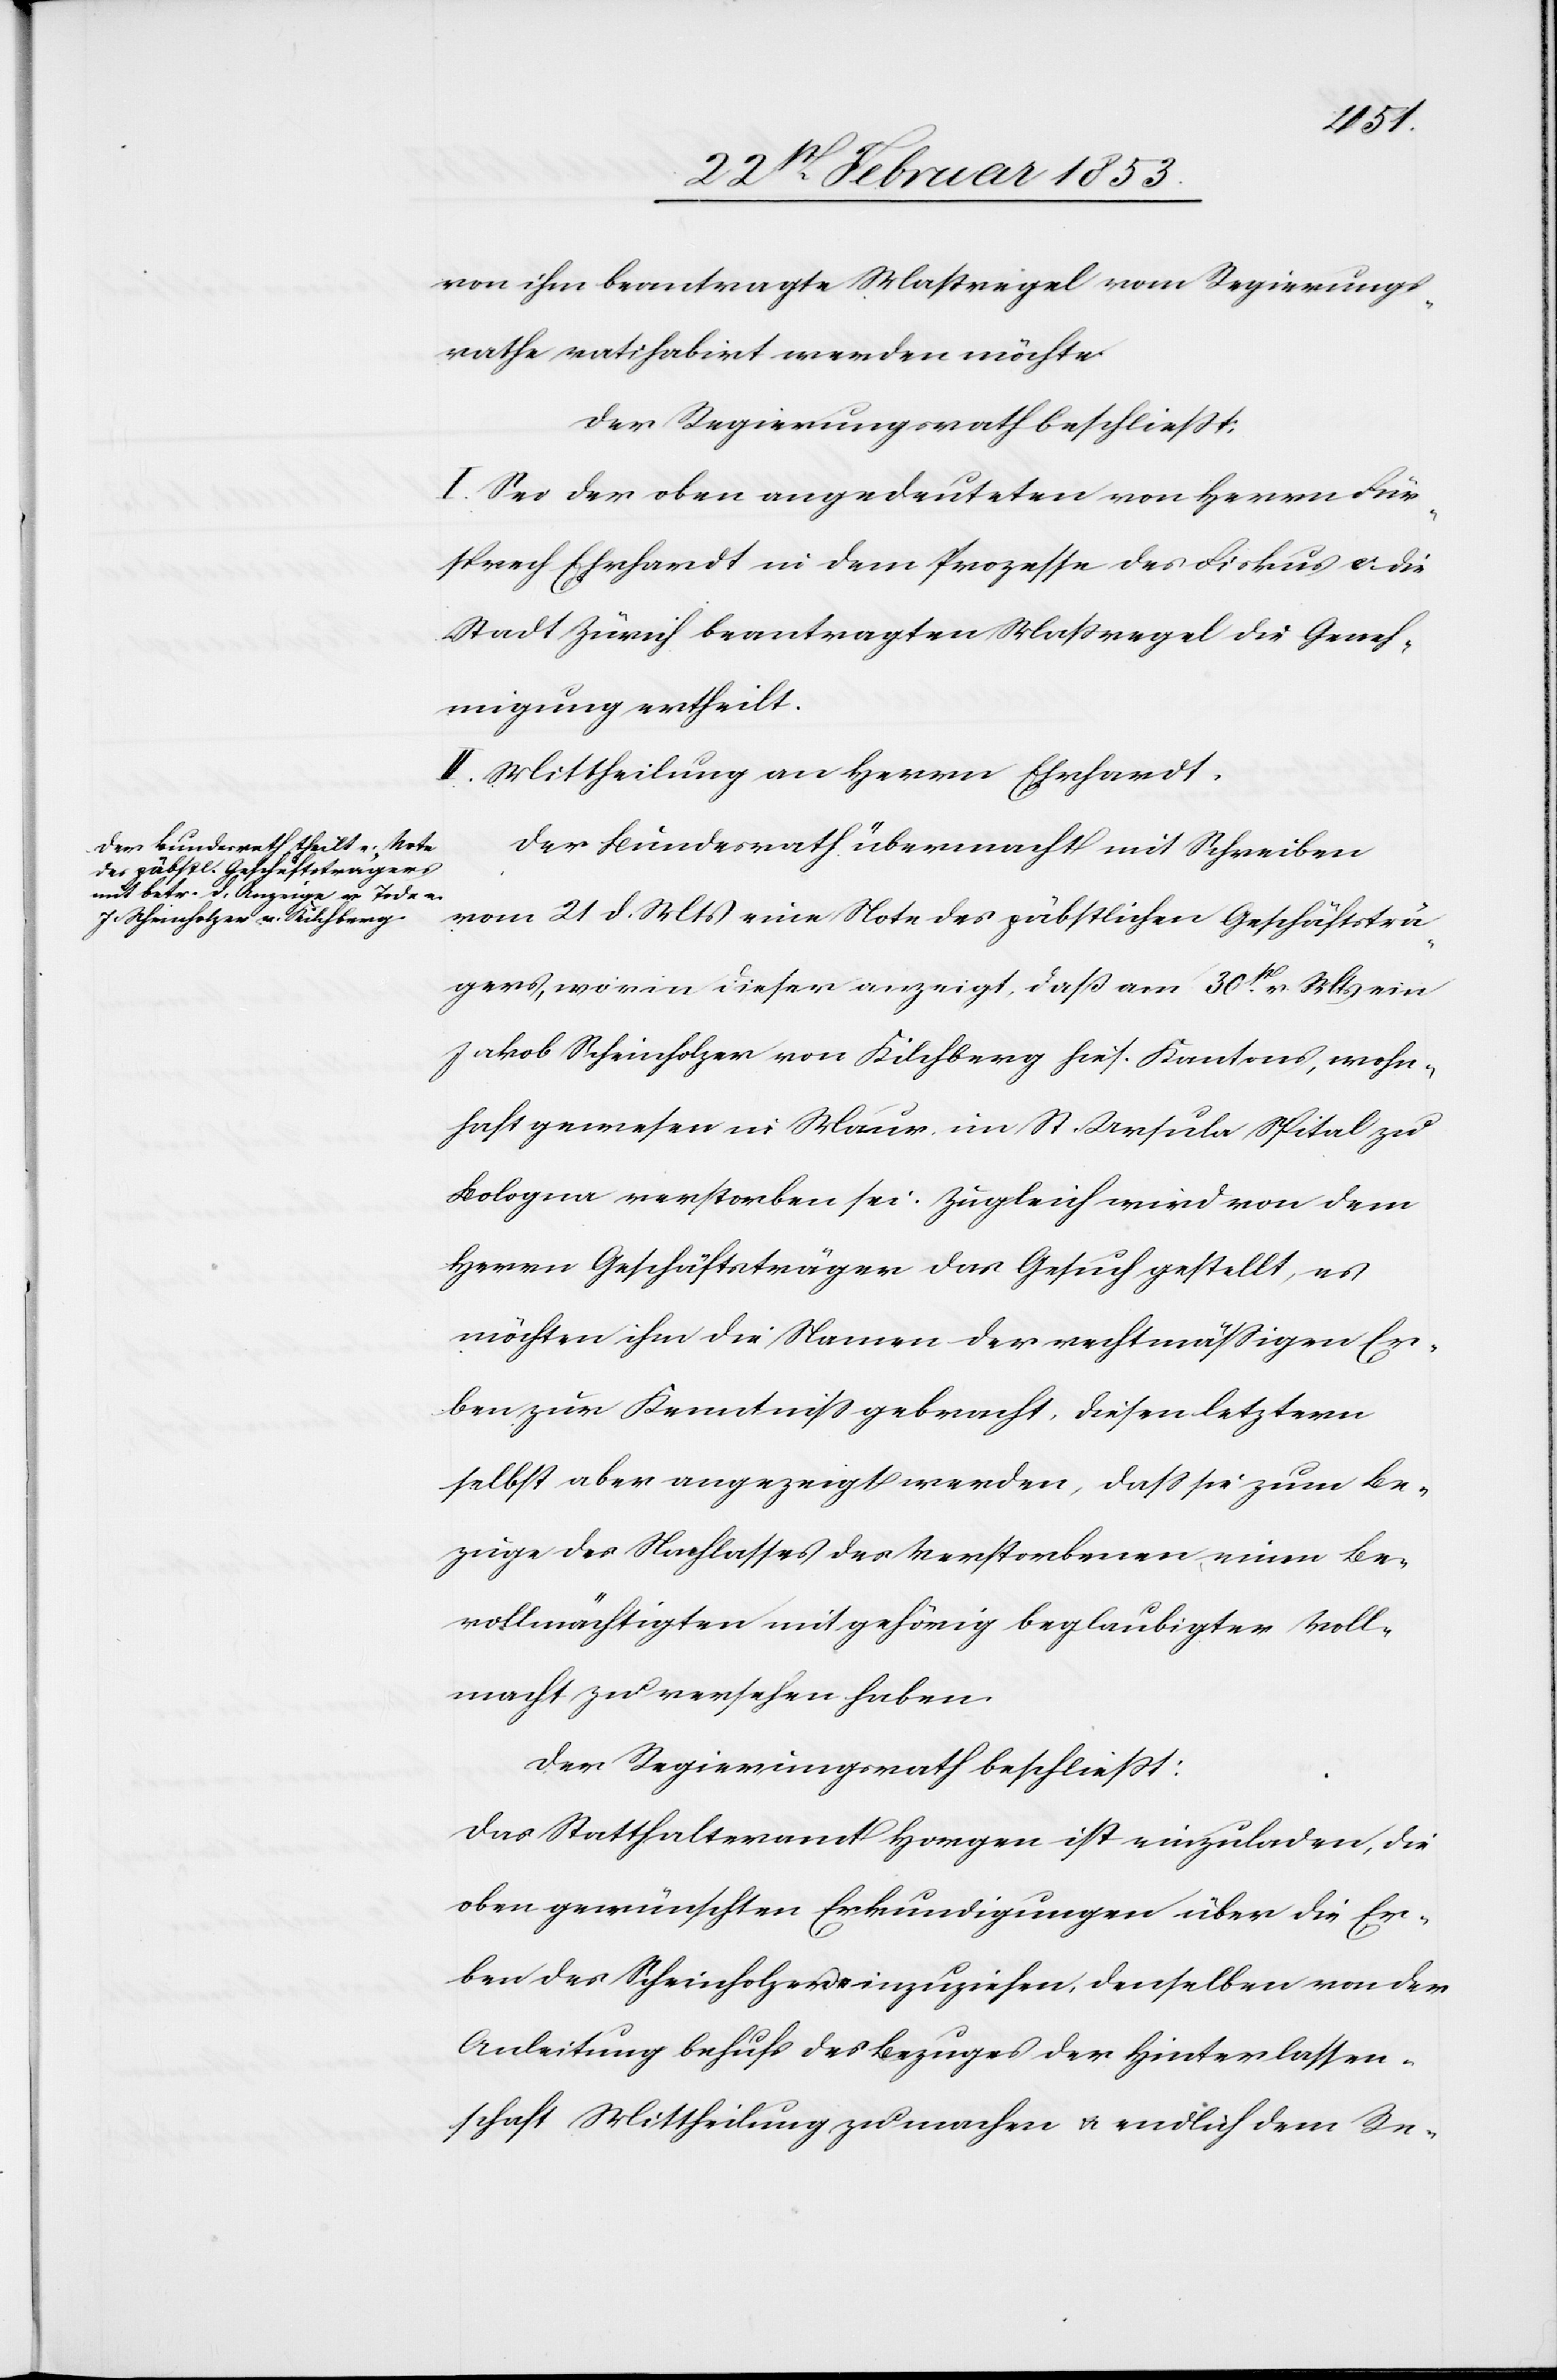
von ihm beantragte Maßregel vom Regierungs¬
rathe ratihabirt werden möchte.
Der Regierungsrath beschließt:
I. Sei der oben angedeuteten von Herrn Für¬
sprech Ehrhardt in dem Prozesse des Fiskus u. die
Stadt Zürich beantragten Maßregel die Geneh¬
migung ertheilt.
II. Mittheilung an Herrn Ehrhardt.
Der Bundesrath übermacht mit Schreiben
vom 21 d. Mts. eine Note des päbstlichen Geschäftsträ¬
gers, worin dieser anzeigt, daß am 30t. v. Mts. ein
Jakob Scheinholzer von Kilchberg hies. Kantons, wohn¬
haft gewesen in Maur, im St. Ursula Spital zu
Bologna verstorben sei. Zugleich wird von dem
Herrn Geschäftsträger das Gesuch gestellt, es
möchten ihm die Namen der rechtmäßigen Er¬
ben zur Kenntniß gebracht, diesen letztern
selbst aber angezeigt werden, daß sie zum Be¬
zuge des Nachlasses des Verstorbenen, einen Be¬
vollmächtigten mit gehörig beglaubigter Voll¬
macht zu versehen haben.
Der Regierungsrath beschließt:
Das Statthalteramt Horgen ist einzuladen, die
oben gewünschten Erkundigungen über die Er¬
ben des Scheinholzer einzuziehen, denselben von der
Anleitung behufs des Bezuges der Hinterlassen¬
schaft Mittheilung zu machen u. endlich dem Re-